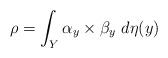
LaTeX: \begin{align*}\rho = \int_{Y} \alpha_{y} \times \beta_{y}~d\eta(y)\end{align*}